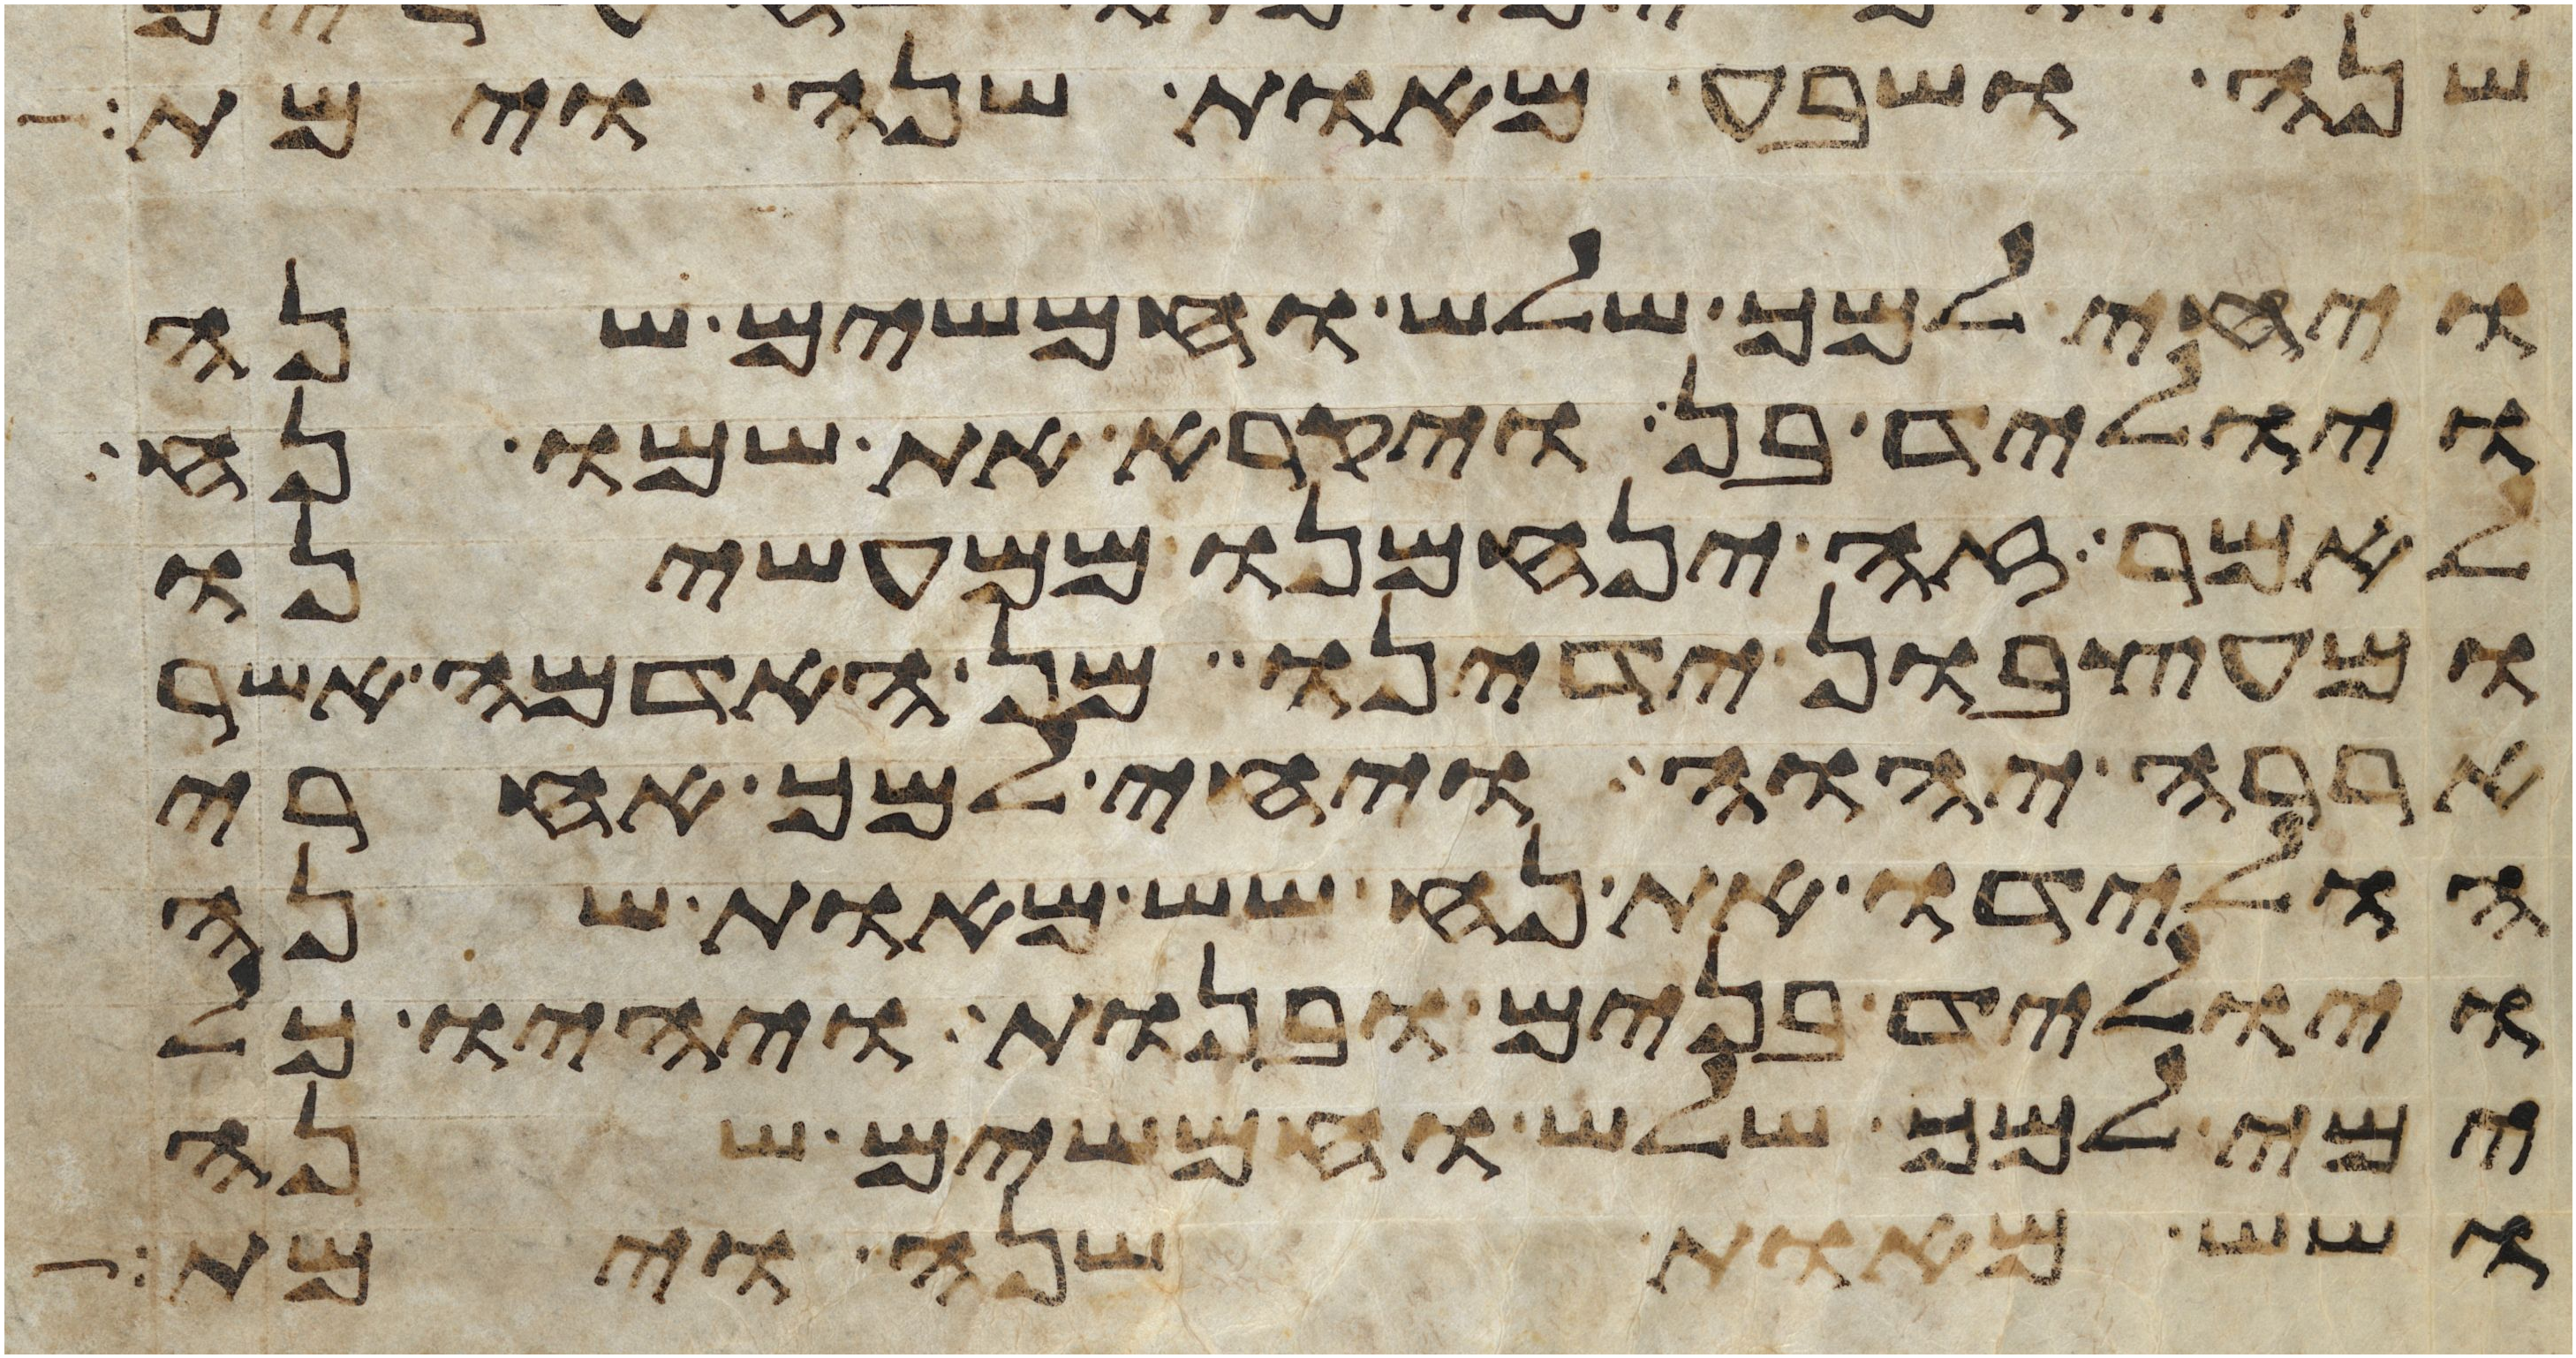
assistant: שנה ושבע מאות שנה וימת
ויחי למך שלש וחמשים שנה
ויוליד בן ויקרא את שמו נח
לאמר זה ינחמנו ממעשינו
ומעצבון ידינו מן האדמה אשר
אררה יהוה ויחי למך אחרי
הולידו את נח שש מאות שנה
ויוליד בנים ובנות ויהיו כל
ימי למך שלש וחמשים שנה
ושש מאות שנה וימת